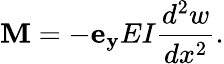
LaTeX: \mathbf{M}=-\mathbf{e_{y}}EI{\frac{d^{2}w}{dx^{2}}}.